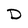
Character: D